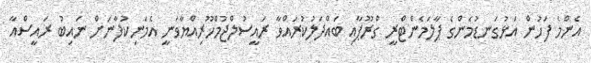
އެންމެ ފަހުން އަޅުގަނޑުމެންގެ ޕާލަމެންޓްރީ ގްރޫޕާއި ބައްދަލުކުރައްވާ ރައީސުލްޖުމްހޫރިއްޔާވަނީ އެމަނިކުފާނަށް ނައިބު ރައީސްއާ